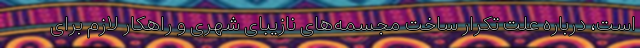
است، درباره علت تکرار ساخت مجسمه‌های نازیبای شهری و راهکار لازم برای